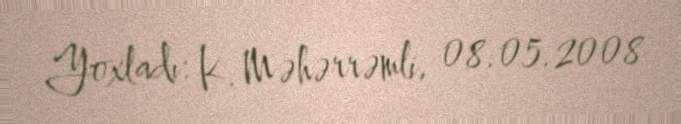
Yoxladı: K. Məhərrəmli, 08.05.2008